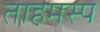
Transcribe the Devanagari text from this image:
ताहमस्प